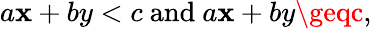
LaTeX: a\mathbf{x}+by<c{\mathrm{{~and~}}}a\mathbf{x}+by\geqc,